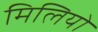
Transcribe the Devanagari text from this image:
मिलियो